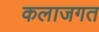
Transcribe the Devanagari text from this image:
कलाजगत